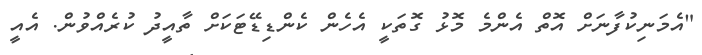
"އެމަނިކުފާނަށް އޮތް އެންމެ މޮޅު ގޮތަކީ އެހެން ކެންޑިޑޭޓަކަށް ތާއީދު ކުރެއްވުން. އެއީ